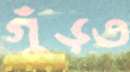
গুঁড়ত